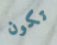
تكون